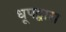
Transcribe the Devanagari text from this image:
धूपद्वारा